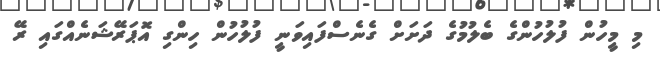
މި މީހުން ފުލުހުންގެ ބެލުމުގެ ދަށަށް ގެނެސްފައިވަނީ ފުލުހުން ހިންގި އޮޕަރޭޝަނެއްގައި ރޭ